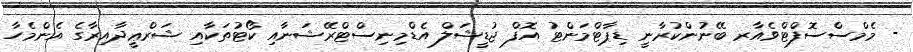
- މެމްސްސޮފްޓްވެއާރ ބޭނުންކުރާނީ ޑިޕާޓްމަންޓު އޮފް ޖުޑީޝަލް އެޑްމިނިސްޓްރޭޝަނާއި ކޯޓުތަކާއި ޝަރްޢީދާއިރާގެ އެންމެހާ